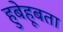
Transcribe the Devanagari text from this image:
हुबेहूबता